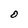
Character: O